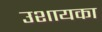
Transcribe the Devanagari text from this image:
उशायका